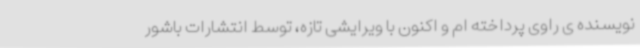
نویسنده ی راوی پرداخته ام و اکنون با ویرایشی تازه، توسط انتشارات باشور